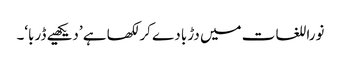
نوراللغات میں دڑبا دے کر لکھا ہے ’دیکھیے ڈربا‘۔